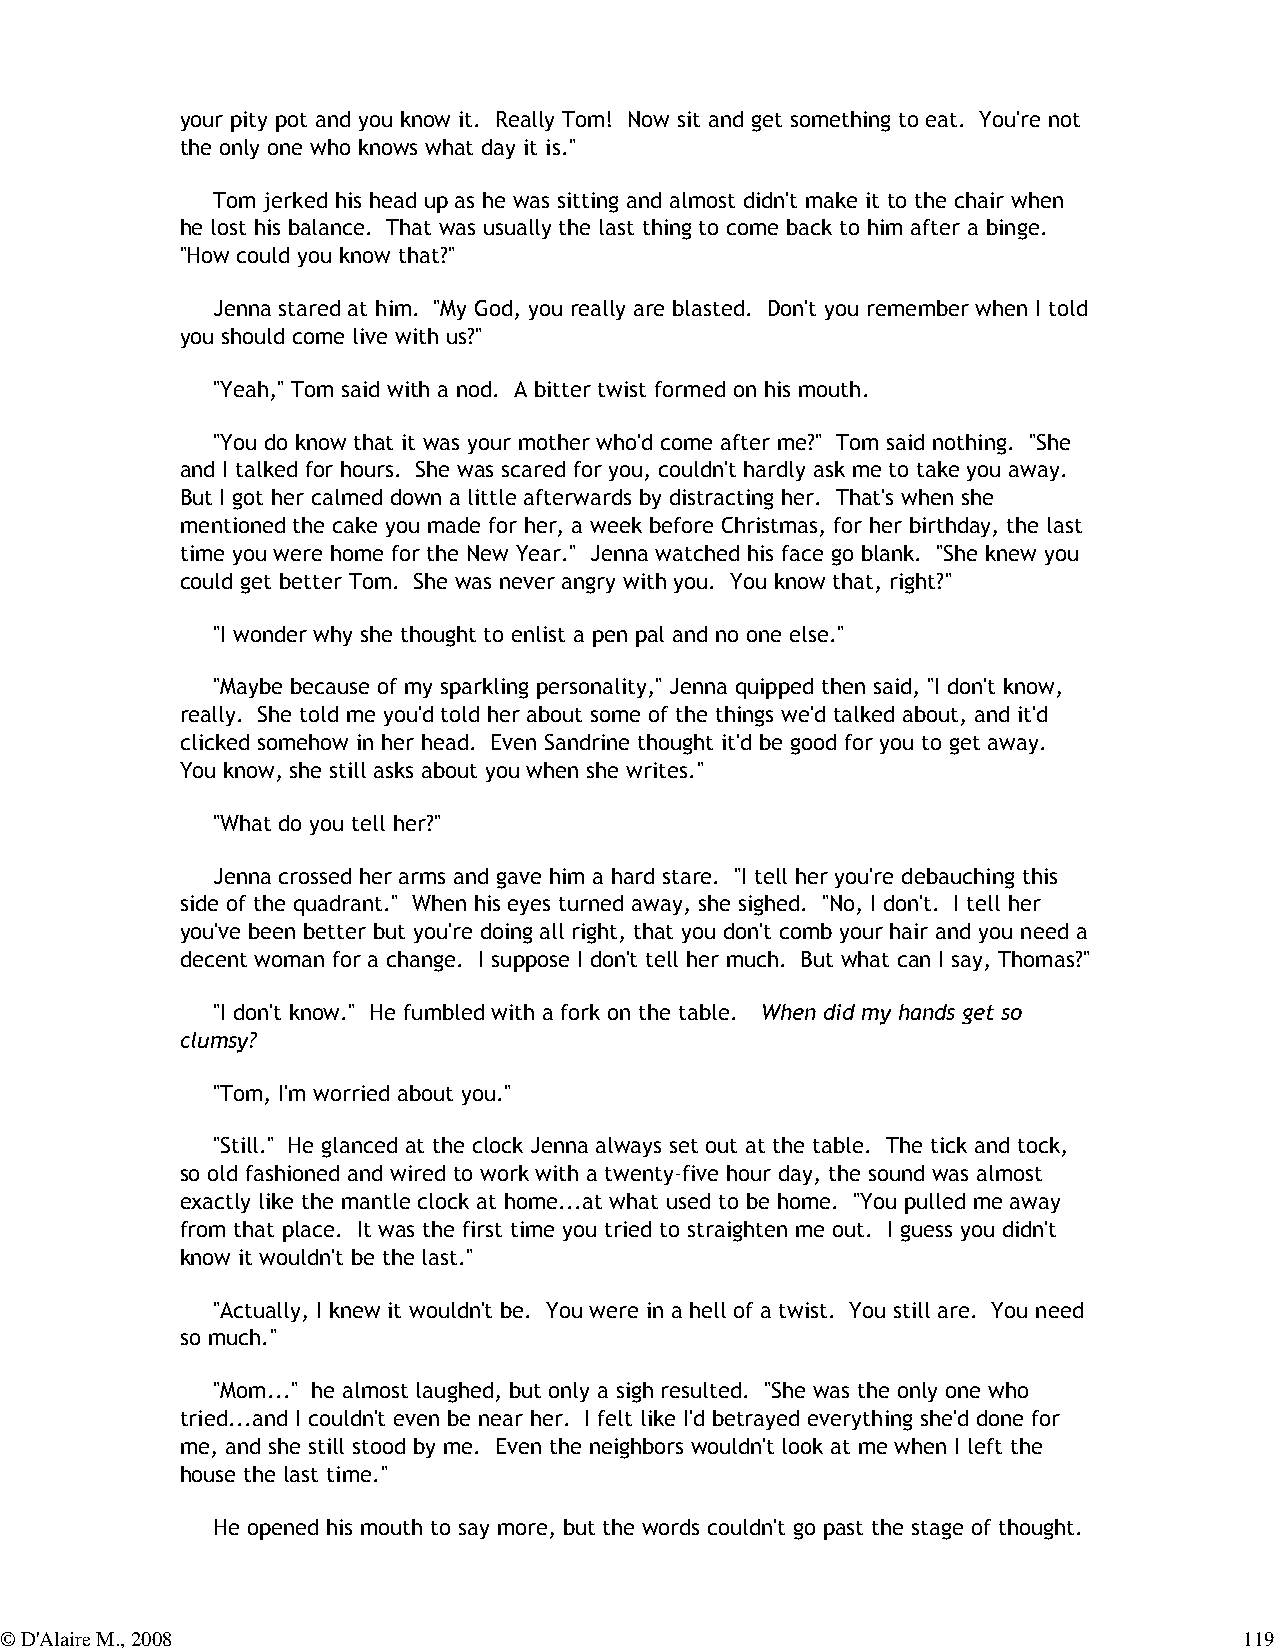
your pity pot and you know it. Really Tom! Now sit and get something to eat. You're not
 the only one who knows what day it is."
 Tom jerked his head up as he was sitting and almost didn't make it to the chair when
 he lost his balance. That was usually the last thing to come back to him after a binge.
 "How could you know that?"
 Jenna stared at him. "My God, you really are blasted. Don't you remember when I told
 you should come live with us?"
 "Yeah," Tom said with a nod. A bitter twist formed on his mouth.
 "You do know that it was your mother who'd come after me?" Tom said nothing. "She
 and I talked for hours. She was scared for you, couldn't hardly ask me to take you away.
 But I got her calmed down a little afterwards by distracting her. That's when she
 mentioned the cake you made for her, a week before Christmas, for her birthday, the last
 time you were home for the New Year." Jenna watched his face go blank. "She knew you
 could get better Tom. She was never angry with you. You know that, right?"
 "I wonder why she thought to enlist a pen pal and no one else."
 "Maybe because of my sparkling personality," Jenna quipped then said, "I don't know,
 really. She told me you'd told her about some of the things we'd talked about, and it'd
 clicked somehow in her head. Even Sandrine thought it'd be good for you to get away.
 You know, she still asks about you when she writes."
 "What do you tell her?"
 Jenna crossed her arms and gave him a hard stare. "I tell her you're debauching this
 side of the quadrant." When his eyes turned away, she sighed. "No, I don't. I tell her
 you've been better but you're doing all right, that you don't comb your hair and you need a
 decent woman for a change. I suppose I don't tell her much. But what can I say, Thomas?"
 "I don't know." He fumbled with a fork on the table. When did my hands get so
 clumsy?
 "Tom, I'm worried about you."
 "Still." He glanced at the clock Jenna always set out at the table. The tick and tock,
 so old fashioned and wired to work with a twenty-five hour day, the sound was almost
 exactly like the mantle clock at home...at what used to be home. "You pulled me away
 from that place. It was the first time you tried to straighten me out. I guess you didn't
 know it wouldn't be the last."
 "Actually, I knew it wouldn't be. You were in a hell of a twist. You still are. You need
 so much."
 "Mom..." he almost laughed, but only a sigh resulted. "She was the only one who
 tried...and I couldn't even be near her. I felt like I'd betrayed everything she'd done for
 me, and she still stood by me. Even the neighbors wouldn't look at me when I left the
 house the last time."
 He opened his mouth to say more, but the words couldn't go past the stage of thought.
 © D'Alaire M., 2008                                                               119